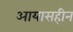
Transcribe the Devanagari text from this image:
आयासहीन